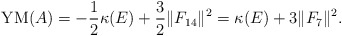
\begin{gather*}{\rm YM}(A)=-\frac{1}{2}\kappa (E)+\frac{3}{2}\Vert F_{14}\Vert^{2} =\kappa (E)+3 \Vert F_{7} \Vert^{2}.\end{gather*}